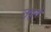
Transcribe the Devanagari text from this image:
उद्गै